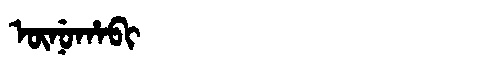
Manchu: ᡡᠨᡠᡥᠠᠪᡳ
Romanization: ŪNUHABI